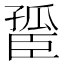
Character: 𦣮